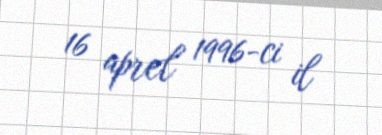
16 aprel 1996-ci il